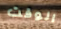
الوقت